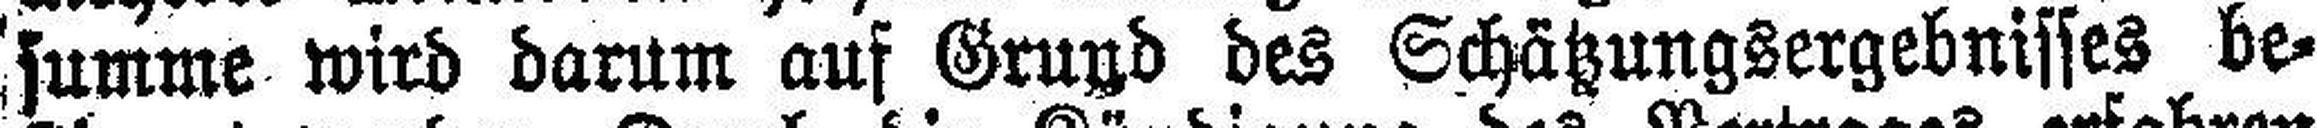
summe wird darum auf Grund des Schätzungsergebnisses be¬